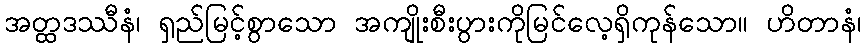
အတ္ထဒဿီနံ၊ ရှည်မြင့်စွာသော အကျိုးစီးပွားကိုမြင်လေ့ရှိကုန်သော။ ဟိတာနံ၊